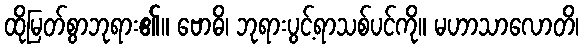
ထိုမြတ်စွာဘုရား၏။ ဗောဓိ၊ ဘုရားပွင့်ရာသစ်ပင်ကို။ မဟာသာလောတိ၊